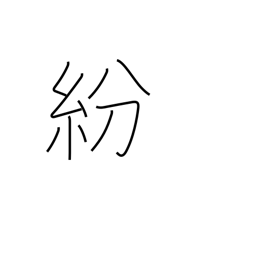
Meaning: distract